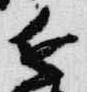
近